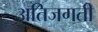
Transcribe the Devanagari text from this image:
अतिजगती